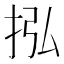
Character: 𢫠